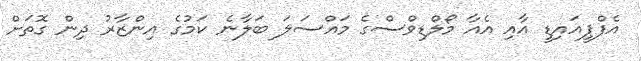
އެފްޕީއައިޑީ އާއި އެއާ މޯލްޑިވްސްގެ މައްސަލަ ބަލާނެ ކަމުގެ އިންޒާރު ދިން ގޮތަށް